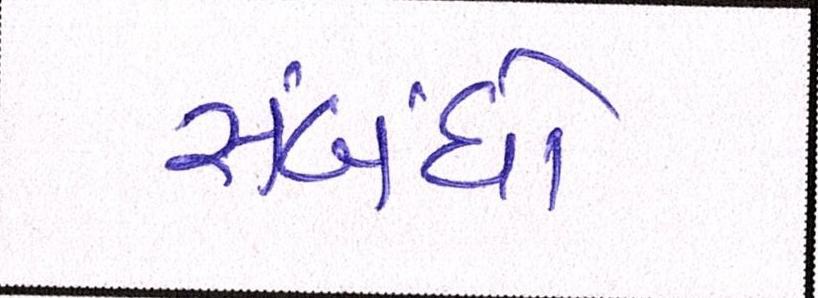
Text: સંબંધો